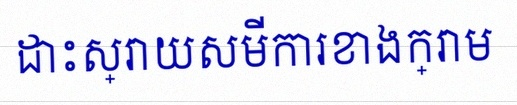
ដោះស្រាយសមីការខាងក្រោម